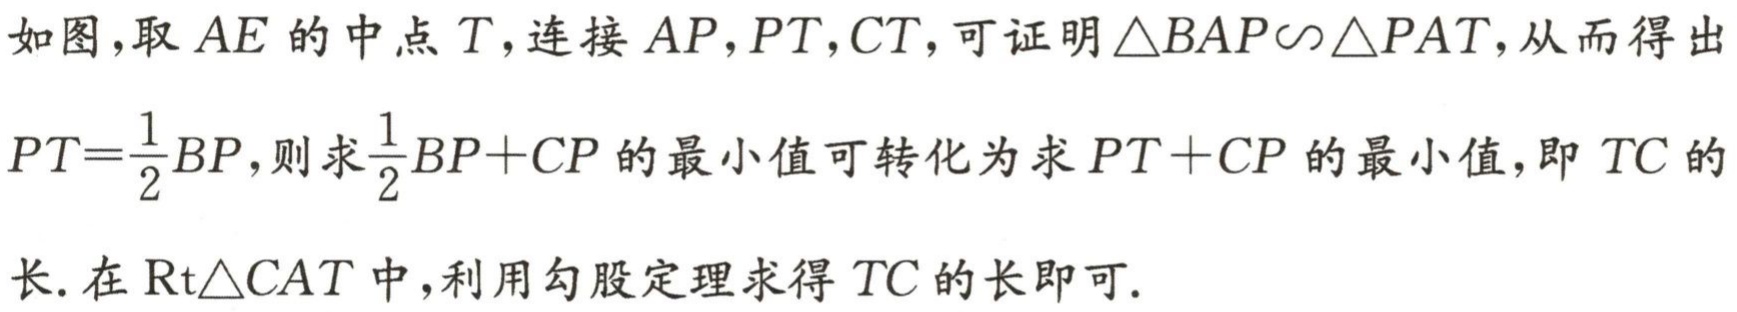
如图,取 \(AE\) 的中点 \(T\),连接 \(AP,PT,CT\),可证明 \(\triangle BAP\sim\triangle PAT\),从而得出

\(PT = \dfrac{1}{2}BP\),则求 \(\dfrac{1}{2}BP + CP\) 的最小值可转化为求 \(PT + CP\) 的最小值,即 \(TC\) 的

长.在 \(\text{Rt}\triangle CAT\) 中,利用勾股定理求得 \(TC\) 的长即可.